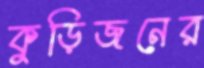
কুড়িজনের